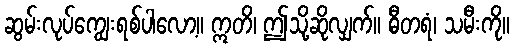
ဆွမ်းလုပ်ကျွေးရစ်ပါလော့။ ဣတိ၊ ဤသို့ဆိုလျှက်။ ဓီတရံ၊ သမီးကို။